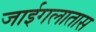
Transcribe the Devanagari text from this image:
जाईगलातास